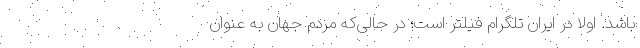
باشد. اولا در ایران تلگرام فیلتر است؛ در حالی‌که مردم جهان به عنوان